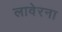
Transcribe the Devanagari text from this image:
लावेरना